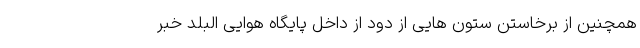
همچنین از برخاستن ستون هایی از دود از داخل پایگاه هوایی البلد خبر